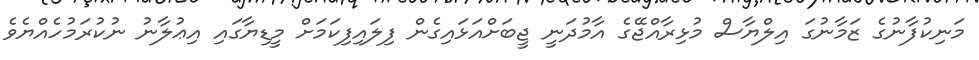
މަނިކުފާނުގެ ޒަމާނުގަ އިލްޔާސް މުޅިރާއްޖޭގެ އާމުދަނީ ޖީބަށްއަޅައިގެން ފިލައިފިކަމަށް މީޑިޔާގައި އިޢުލާނު ނުކުރަމުހެއްޔެވެ